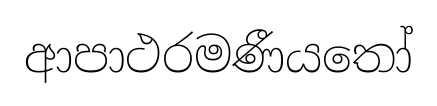
ආපාථරමණීයතෝ